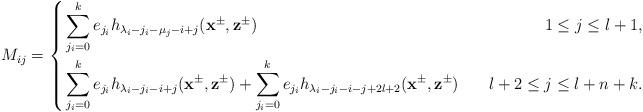
LaTeX: \begin{align*}M_{ij}=\left\{\begin{aligned}&\sum^k_{j_i=0}e_{j_i}h_{\lambda_i-j_i-\mu_j-i+j}(\mathbf{x}^{\pm},\mathbf{z}^{\pm})~~&~~1\leq j\leq l+1,\\&\sum^k_{j_i=0}e_{j_i}h_{\lambda_i-j_i-i+j}(\mathbf{x}^{\pm},\mathbf{z}^{\pm})+\sum^k_{j_i=0}e_{j_i}h_{\lambda_i-j_i-i-j+2l+2}(\mathbf{x}^{\pm},\mathbf{z}^{\pm})~&~~l+2\leq j\leq l+n+k.\end{aligned}\right.\end{align*}